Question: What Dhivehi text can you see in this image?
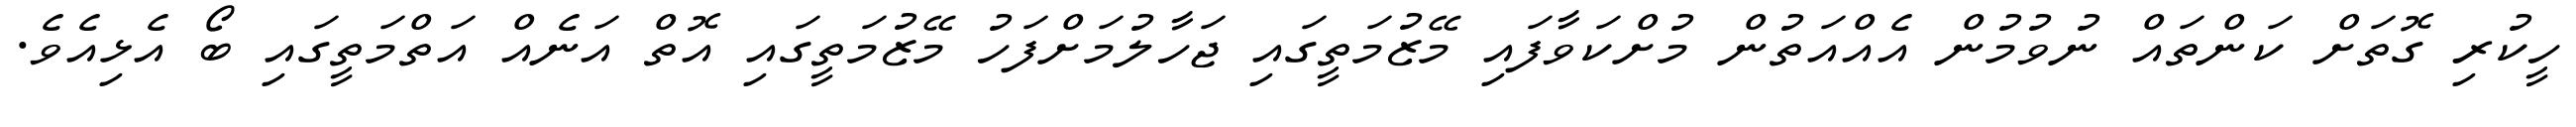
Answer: ހީކުރި ގޮތަށް ކަންތައް ނުވުމުން އެއްއަތުން މުށްކަވާފައި މޭޒުމަތީގައި ޖަހާލުމަށްފަހު މޭޒުމަތީގައި އޮތް އަނެއް އަތްމަތީގައި ބޯ އެޅިއެވެ.